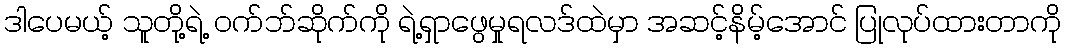
ဒါပေမယ့် သူတို့ရဲ့ ဝက်ဘ်ဆိုက်ကို ရဲ့ရှာဖွေမှုရလဒ်ထဲမှာ အဆင့်နိမ့်အောင် ပြုလုပ်ထားတာကို